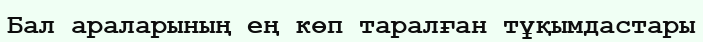
Бал араларының ең көп таралған тұқымдастары